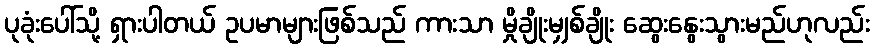
ပုခုံးပေါ်သို့ ရှားပါတယ် ဥပမာများဖြစ်သည် ကားသာ မှိုချိုးမျှစ်ချိုး ဆွေးနွေးသွားမည်ဟုလည်း